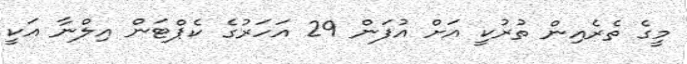
މީގެ ތެރެއިން ތުރުކީ އަށް އުފަން 29 އަހަރުގެ ކެޕްޓަން އިލްނާ އަކީ